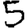
Digit: 5